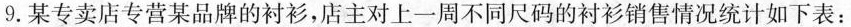
9. 某专卖店专营某品牌的衬衫，店主对上一周不同尺码的衬衫销售情况统计如下表：